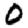
Digit: 0